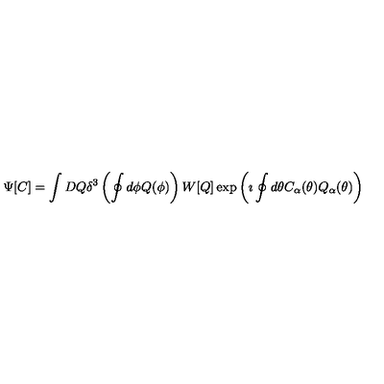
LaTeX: \Psi [ C ] = \int D Q \delta ^ { 3 } \left( \oint d \phi Q ( \phi ) \right) W [ Q ] \exp \left( \imath \oint d \theta C _ { \alpha } ( \theta ) Q _ { \alpha } ( \theta ) \right)